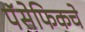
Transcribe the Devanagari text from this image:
पॅसेफिकचे